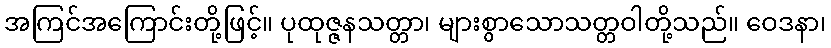
အကြင်အကြောင်းတို့ဖြင့်။ ပုထုဇ္ဇနသတ္တာ၊ များစွာသောသတ္တဝါတို့သည်။ ဝေဒနာ၊